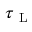
\tau _ { \mathrm { ~ L ~ } }